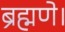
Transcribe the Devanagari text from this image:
ब्रह्मणे।